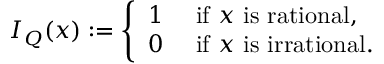
I _ { Q } ( x ) : = { \left\{ \begin{array} { l l } { 1 } & { { \mathrm { ~ i f ~ } } x { \mathrm { ~ i s ~ r a t i o n a l } } , } \\ { 0 } & { { \mathrm { ~ i f ~ } } x { \mathrm { ~ i s ~ i r r a t i o n a l } } . } \end{array} \right. }